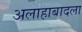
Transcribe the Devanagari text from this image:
अलाहाबादला